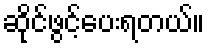
ဆိုင်ဖွင့်ပေးရတယ်။